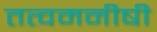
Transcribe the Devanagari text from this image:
तत्वमनीषी